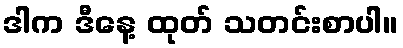
ဒါက ဒီနေ့ ထုတ် သတင်းစာပါ။